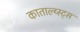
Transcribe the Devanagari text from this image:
काताल्य्स्ट्स